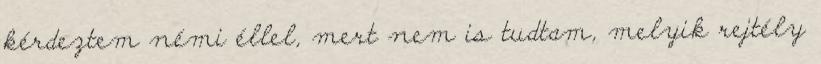
kérdeztem némi éllel, mert nem is tudtam, melyik rejtély